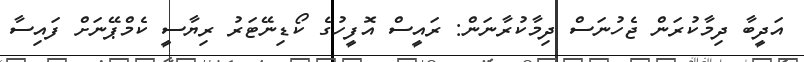
އަދީބާ ދިމާކުރަން ޖެހުނަސް ދިމާކުރާނަން: ރައީސް އޮފީހުގެ ކޯޑިނޭޓަރު ރިޔާސީ ކެމްޕޭނަށް ފައިސާ